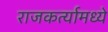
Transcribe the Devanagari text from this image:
राजकर्त्यामध्ये